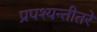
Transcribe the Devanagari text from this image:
प्रपश्यन्तीतरे